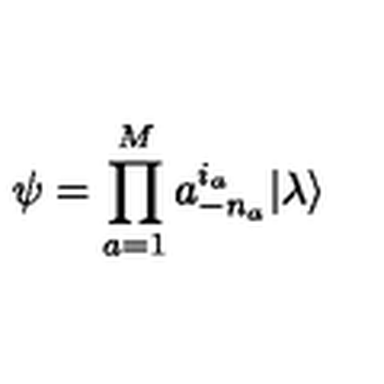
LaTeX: \psi = \prod _ { a = 1 } ^ { M } a _ { - n _ { a } } ^ { i _ { a } } | \lambda \rangle